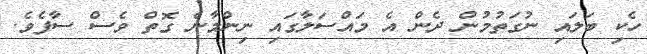
ހެކި ބަލައި ނުގަތުމުން ދެން އެ މައްސަލާގައި ނިންމާނެ ގޮތް ވެސް ސާފެވެ.